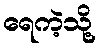
ရေကဲ့သို့